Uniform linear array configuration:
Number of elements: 64
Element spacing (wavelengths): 1
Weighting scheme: blackman
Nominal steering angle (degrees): -15
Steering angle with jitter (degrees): -16.858
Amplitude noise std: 0.05
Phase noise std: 0.05

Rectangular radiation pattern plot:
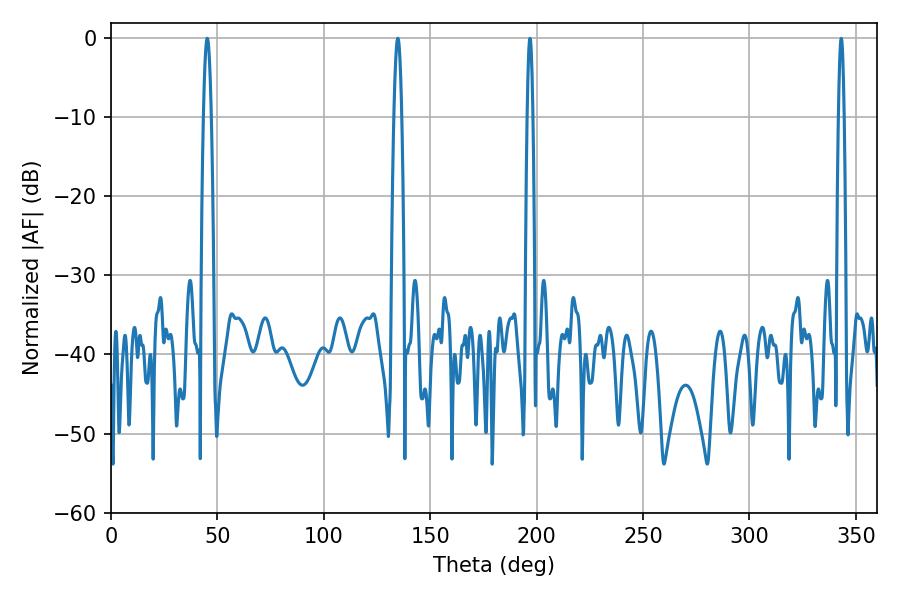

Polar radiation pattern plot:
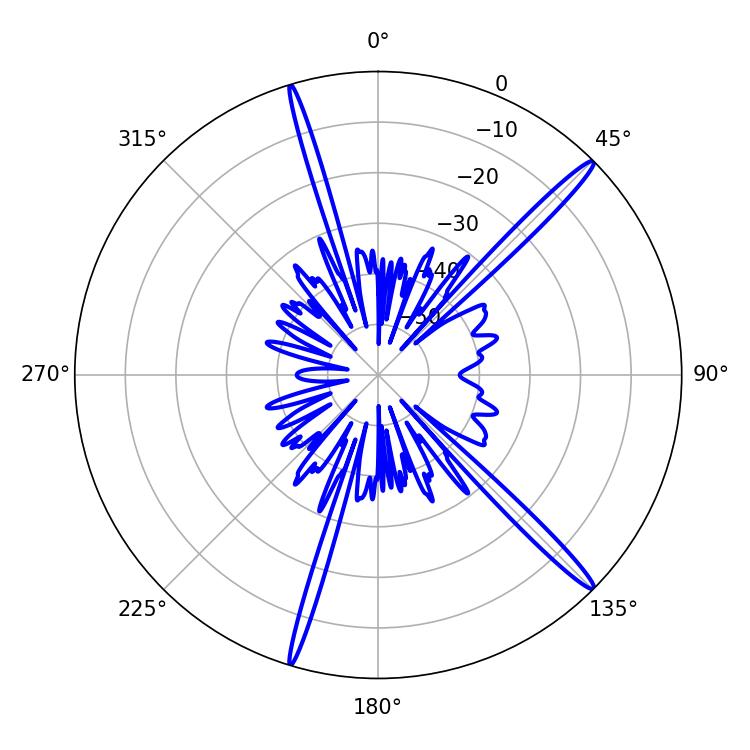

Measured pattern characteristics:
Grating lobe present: TRUE
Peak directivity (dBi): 17.136
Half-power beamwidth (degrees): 1.98
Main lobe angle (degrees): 45.18